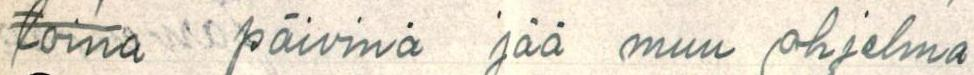
toina päivinä jää muu ohjelma